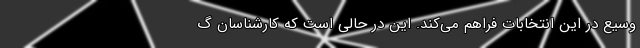
وسیع در این انتخابات فراهم می‌کند. این در حالی است که کارشناسان گ